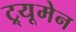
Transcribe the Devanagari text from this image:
ट्र्यूमेन